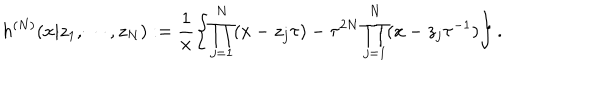
h ^ { ( N ) } ( x | z _ { 1 } , \cdots , z _ { N } ) : = \frac { 1 } { x } \left\{ \prod _ { j = 1 } ^ { N } ( x - z _ { j } \tau ) - \tau ^ { 2 N } \prod _ { j = 1 } ^ { N } ( x - z _ { j } \tau ^ { - 1 } ) \right\} .